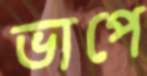
ভাপে